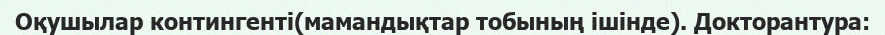
Оқушылар контингенті(мамандықтар тобының ішінде). Докторантура: